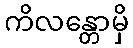
ကိလန္တောမှိ